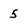
Character: 5